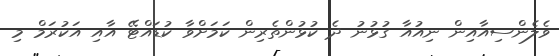
ވެލެންސިއާއިން ނިއުއާ ގުޅުނު ދެ ކުޅުންތެރިން ކަމަށްވާ ކުޑައްޓޭ އާއި އަކުރަމް މި